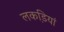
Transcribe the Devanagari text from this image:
लकडि़यां